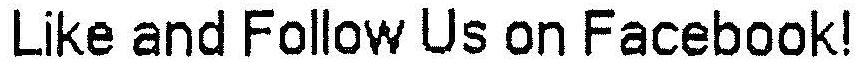
LIKE AND FOLLOW US ON FACEBOOK!